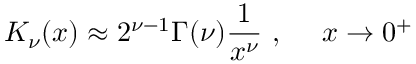
K _ { \nu } ( x ) \approx 2 ^ { \nu - 1 } \Gamma ( \nu ) \frac { 1 } { x ^ { \nu } } ~ , ~ ~ ~ ~ x \to 0 ^ { + }